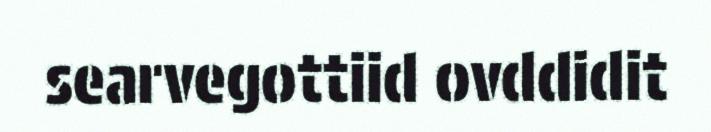
searvegottiid ovddidit